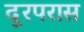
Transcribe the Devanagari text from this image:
दूरपरास